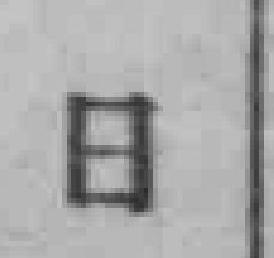
日